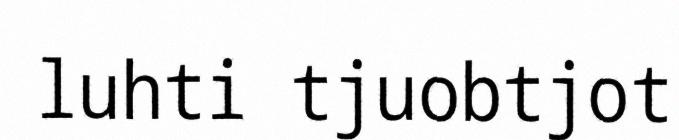
luhti tjuobtjot